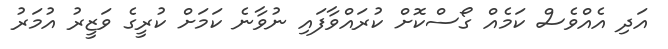
އަދި އެއްވެސް ކަމެއް ގޯސްކޮށް ކުރައްވާފައި ނުވާނެ ކަމަށް ކުރީގެ ވަޒީރު އުމަރު